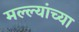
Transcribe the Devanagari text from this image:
मल्ल्यांच्या